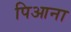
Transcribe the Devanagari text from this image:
पिआना